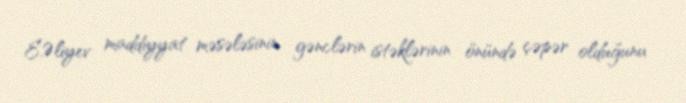
E.Əliyev maddiyyat məsələsinin gənclərin istəklərinin önündə çəpər olduğunu